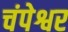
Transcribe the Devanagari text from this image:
चंपेश्वर